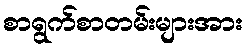
စာရွက်စာတမ်းများအား